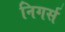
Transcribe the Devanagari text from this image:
निगर्स